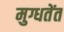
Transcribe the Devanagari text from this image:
मुग्धतेंत